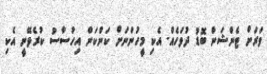
ވަރަށް ޓެންޝަން ބޮޑު ދުވަހެއް. އެކި މީހުންނަށް ކަންކަން އިހުސާސު ކުރެވޭނީ އެކި